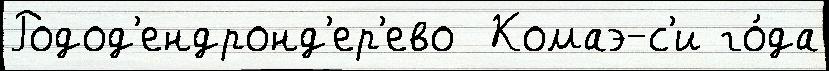
Родод'ендронд'ер'ево  Комаэ-с'и го́да